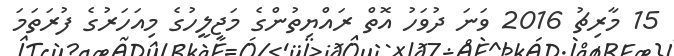
15 މާރިޗު 2016 ވަނަ ދުވަހު އޮތް ރައްޔިތުންގެ މަޖިލީހުގެ މިއަހަރުގެ ފުރަތަމަ